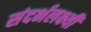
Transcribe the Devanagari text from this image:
संदर्भलक्ष्यी